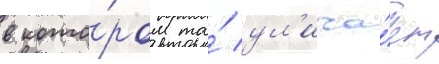
в кото́ром та́ ул'ича́ет